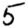
Digit: 5